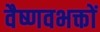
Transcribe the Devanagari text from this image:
वैष्णवभक्तों